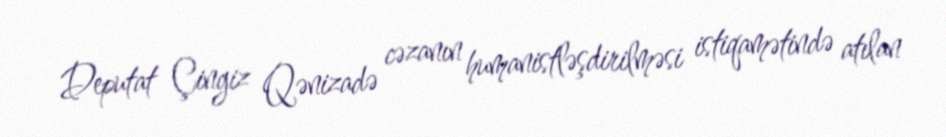
Deputat Çingiz Qənizadə cəzanın humanistləşdirilməsi istiqamətində atılan